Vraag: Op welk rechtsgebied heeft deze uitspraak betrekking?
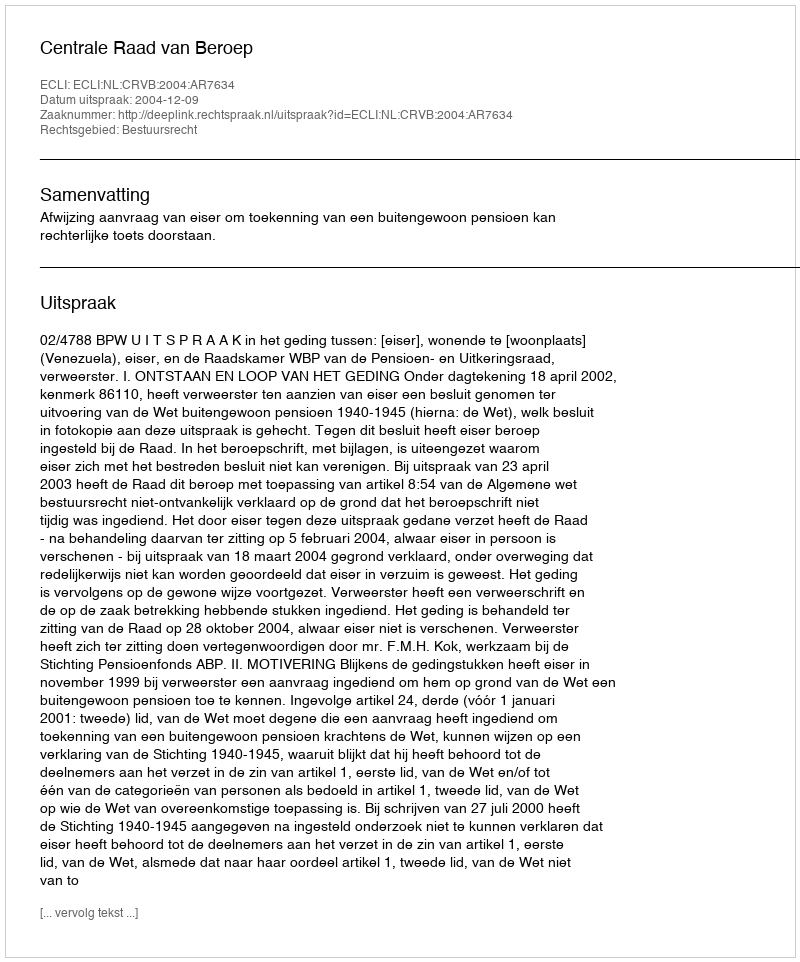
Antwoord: Bestuursrecht